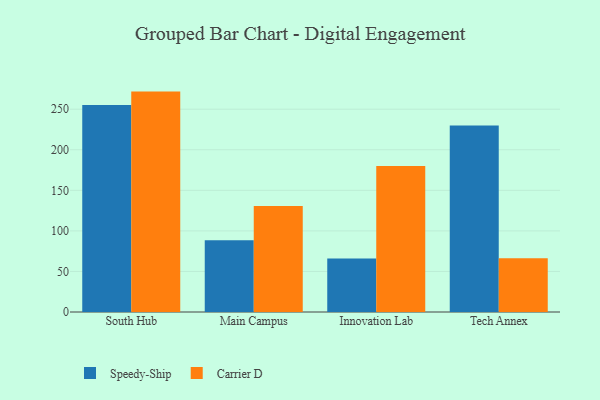
{"axis": {"x": "Campus", "y": "Satisfaction Score"}, "legend": ["Carrier D", "Speedy-Ship"], "data": [{"x": "South Hub", "y": 255.1, "type": "Speedy-Ship"}, {"x": "South Hub", "y": 271.7, "type": "Carrier D"}, {"x": "Main Campus", "y": 88.3, "type": "Speedy-Ship"}, {"x": "Main Campus", "y": 130.7, "type": "Carrier D"}, {"x": "Innovation Lab", "y": 66.1, "type": "Speedy-Ship"}, {"x": "Innovation Lab", "y": 180.1, "type": "Carrier D"}, {"x": "Tech Annex", "y": 230.0, "type": "Speedy-Ship"}, {"x": "Tech Annex", "y": 66.3, "type": "Carrier D"}]}